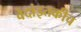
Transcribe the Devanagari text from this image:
वेदांइतकीच